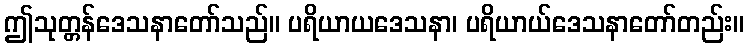
ဤသုတ္တန်ဒေသနာတော်သည်။ ပရိယာယဒေသနာ၊ ပရိယာယ်ဒေသနာတော်တည်း။